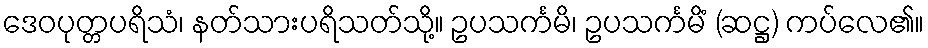
ဒေဝပုတ္တပရိသံ၊ နတ်သားပရိသတ်သို့။ ဥပသင်္ကမိ၊ ဥပသင်္ကမိံ (ဆဋ္ဌ) ကပ်လေ၏။